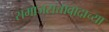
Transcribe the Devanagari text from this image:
समाजसत्तावादाच्या